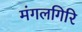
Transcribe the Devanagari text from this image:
मंगलगिरि